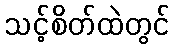
သင့်စိတ်ထဲတွင်